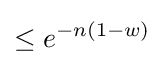
\leq {e^{-n(1-w)}}